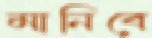
মানিবে